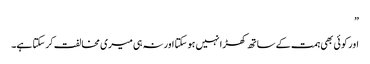
”
اور کو ئی بھی ہمت کے ساتھ کھڑا نہیں ہو سکتا اور نہ ہی میری مخالفت کر سکتا ہے۔